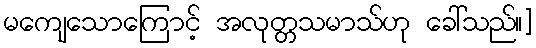
မကျေသောကြောင့် အလုတ္တသမာသ်ဟု ခေါ်သည်။]